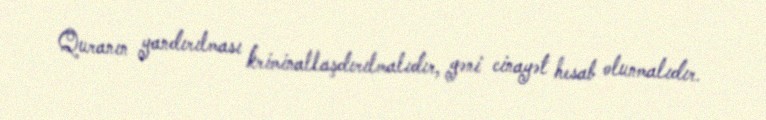
Quranın yandırılması kriminallaşdırılmalıdır, yəni cinayət hesab olunmalıdır.